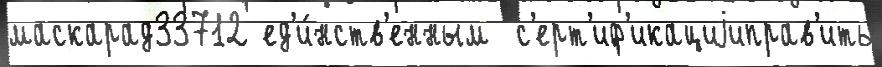
маскарад33712 ед'и́нств'енным  с'ерт'иф'икациjиправ'ить